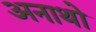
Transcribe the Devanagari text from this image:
अनाथो